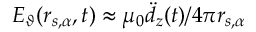
E _ { \vartheta } ( \boldsymbol { r } _ { s , \alpha } , t ) \approx \mu _ { 0 } \ddot { d } _ { z } ( t ) / 4 \pi r _ { s , \alpha }